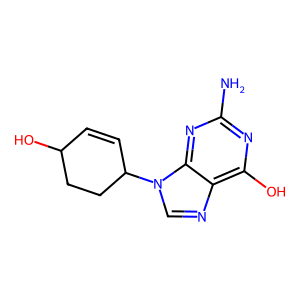
SMILES: Nc1nc(O)c2ncn(C3C=CC(O)CC3)c2n1
Inhibits HIV replication: No